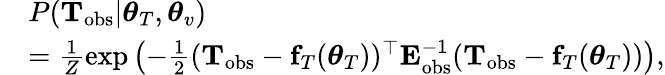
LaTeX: \begin{array}{rl}&{P({\mathbf T}_{\mathrm{obs}}|\boldsymbol{\theta}_{T},\boldsymbol{\theta}_{v})}\\ &{=\frac{1}{Z}\exp\left(-\frac{1}{2}({\mathbf T}_{\mathrm{obs}}-{\mathbf f}_{T}(\boldsymbol{\theta}_{T}))^{\top}{\mathbf E}_{\mathrm{obs}}^{-1}({\mathbf T}_{\mathrm{obs}}-{\mathbf f}_{T}(\boldsymbol{\theta}_{T}))\right),}\end{array}